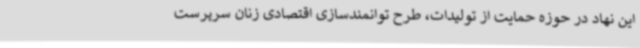
این نهاد در حوزه حمایت از تولیدات، طرح توانمندسازی اقتصادی زنان سرپرست